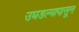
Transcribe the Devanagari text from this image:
उघडल्यापासून